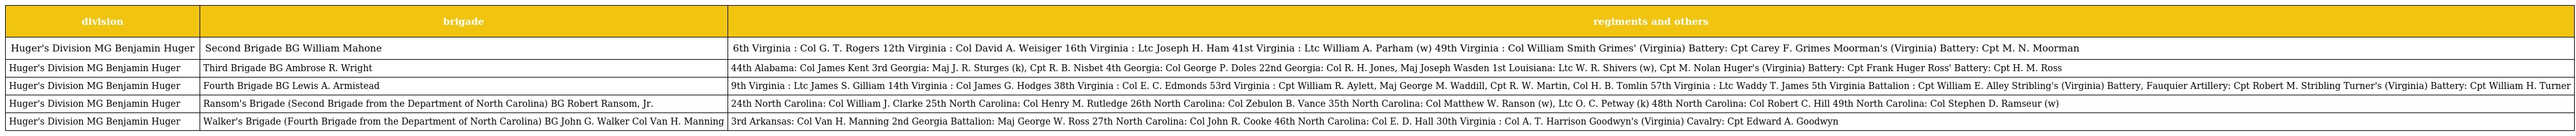
| division | brigade | regiments and others |
 | --- | --- | --- |
 | Huger's Division MG Benjamin Huger | Second Brigade BG William Mahone | 6th Virginia : Col G. T. Rogers 12th Virginia : Col David A. Weisiger 16th Virginia : Ltc Joseph H. Ham 41st Virginia : Ltc William A. Parham (w) 49th Virginia : Col William Smith Grimes' (Virginia) Battery: Cpt Carey F. Grimes Moorman's (Virginia) Battery: Cpt M. N. Moorman |
 | Huger's Division MG Benjamin Huger | Third Brigade BG Ambrose R. Wright | 44th Alabama: Col James Kent 3rd Georgia: Maj J. R. Sturges (k), Cpt R. B. Nisbet 4th Georgia: Col George P. Doles 22nd Georgia: Col R. H. Jones, Maj Joseph Wasden 1st Louisiana: Ltc W. R. Shivers (w), Cpt M. Nolan Huger's (Virginia) Battery: Cpt Frank Huger Ross' Battery: Cpt H. M. Ross |
 | Huger's Division MG Benjamin Huger | Fourth Brigade BG Lewis A. Armistead | 9th Virginia : Ltc James S. Gilliam 14th Virginia : Col James G. Hodges 38th Virginia : Col E. C. Edmonds 53rd Virginia : Cpt William R. Aylett, Maj George M. Waddill, Cpt R. W. Martin, Col H. B. Tomlin 57th Virginia : Ltc Waddy T. James 5th Virginia Battalion : Cpt William E. Alley Stribling's (Virginia) Battery, Fauquier Artillery: Cpt Robert M. Stribling Turner's (Virginia) Battery: Cpt William H. Turner |
 | Huger's Division MG Benjamin Huger | Ransom's Brigade (Second Brigade from the Department of North Carolina) BG Robert Ransom, Jr. | 24th North Carolina: Col William J. Clarke 25th North Carolina: Col Henry M. Rutledge 26th North Carolina: Col Zebulon B. Vance 35th North Carolina: Col Matthew W. Ranson (w), Ltc O. C. Petway (k) 48th North Carolina: Col Robert C. Hill 49th North Carolina: Col Stephen D. Ramseur (w) |
 | Huger's Division MG Benjamin Huger | Walker's Brigade (Fourth Brigade from the Department of North Carolina) BG John G. Walker Col Van H. Manning | 3rd Arkansas: Col Van H. Manning 2nd Georgia Battalion: Maj George W. Ross 27th North Carolina: Col John R. Cooke 46th North Carolina: Col E. D. Hall 30th Virginia : Col A. T. Harrison Goodwyn's (Virginia) Cavalry: Cpt Edward A. Goodwyn |